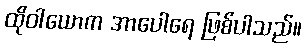
ထိုဝါယောက အာပေါရေ ဖြစ်ပါသည်။